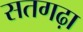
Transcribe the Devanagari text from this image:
सतगढ़ा